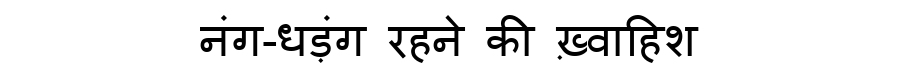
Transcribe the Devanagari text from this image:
नंग-धड़ंग रहने की ख़्वाहिश